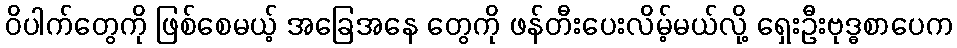
ဝိပါက်တွေကို ဖြစ်စေမယ့် အခြေအနေ တွေကို ဖန်တီးပေးလိမ့်မယ်လို့ ရှေးဦးဗုဒ္ဓစာပေက